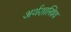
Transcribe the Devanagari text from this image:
अर्थशास्त्रिय